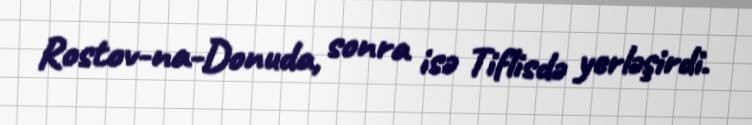
Rostov-na-Donuda, sonra isə Tiflisdə yerləşirdi.